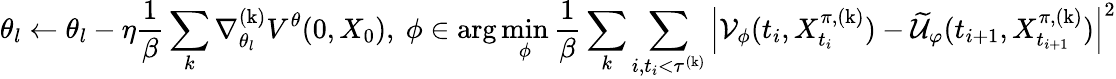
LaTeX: \theta_{l}\leftarrow\theta_{l}-\eta\frac{1}{\beta}\sum_{k}\nabla_{\theta_{l}}^{\mathrm{(k)}}V^{\theta}(0,X_{0}),\ \phi\in\arg\operatorname*{min}_{\phi}\frac{1}{\beta}\sum_{k}\sum_{i,t_{i}<\tau^{\mathrm{(k)}}}\left|\mathcal{V}_{\phi}(t_{i},X_{t_{i}}^{\pi,\mathrm{(k)}})-\widetilde{\mathcal{U}}_{\varphi}(t_{i+1},X_{t_{i+1}}^{\pi,\mathrm{(k)}})\right|^{2}